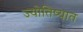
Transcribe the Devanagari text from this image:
ज्योतिष्यात